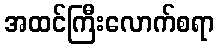
အထင်ကြီးလောက်စရာ